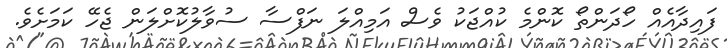
ފައިދާއެއް ހޯދަންތޯ ކޮންމެ ކުއްޖަކު ވެސް އަމިއްލަ ނަފްސާ ސުވާލުކޮށްލަން ޖެހޭ ކަމަށެވެ.